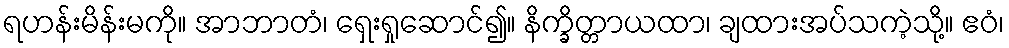
ရဟန်းမိန်းမကို။ အာဘာတံ၊ ရှေးရှုဆောင်၍။ နိက္ခိတ္တာယထာ၊ ချထားအပ်သကဲ့သို့။ ဧဝံ၊